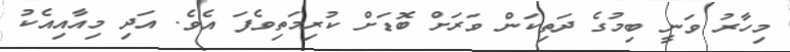
މިހާރު ވަނީ ބިމުގެ ދަތިކަން ވަރަށް ބޮޑަށް ކުރިމަތިވެފަ އެވެ. އަދި މިއާއިއެކު